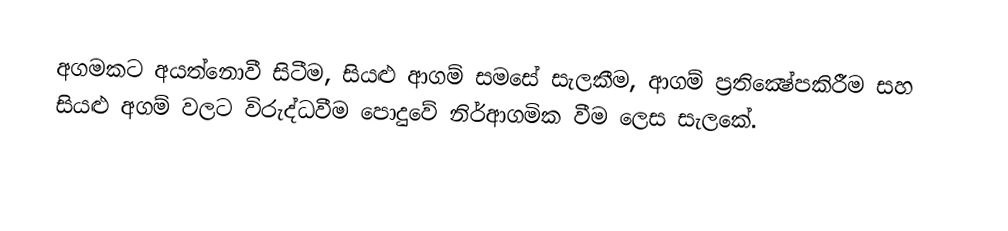
අගමකට අයත්නොවී සිටීම, සියළු ආගම් සමසේ සැලකීම, ආගම් ප්‍රතික්‍ෂේපකිරීම සහ සියළු අගම් වලට විරුද්ධවීම පොදුවේ  නිර්ආගමික වීම ලෙස සැලකේ.